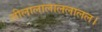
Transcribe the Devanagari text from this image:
लीलालालाललालल।